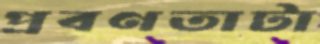
প্রবণতাটা